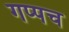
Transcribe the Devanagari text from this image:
गप्पच